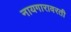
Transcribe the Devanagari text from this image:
नायगारावरती